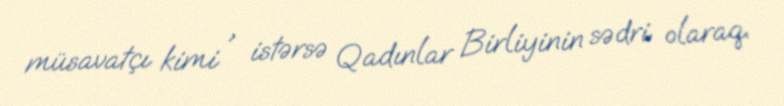
müsavatçı kimi , istərsə Qadınlar Birliyinin sədri olaraq.